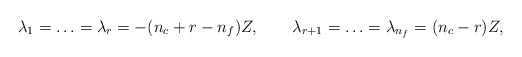
\begin{align*}\lambda_1=\ldots =\lambda_r= -(n_{c}+r-n_{f}) Z, \qquad \lambda_{r+1}=\ldots =\lambda_{n_f} = (n_{c}-r) Z,\end{align*}